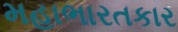
મહાભારતકાર